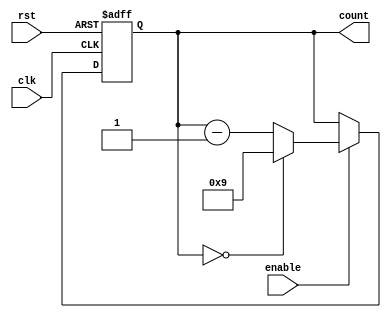
module BCD_Down_Counter (
    input wire clk,
    input wire rst,
    input wire enable,
    output reg [3:0] count
);

reg [3:0] next_count;

always @ (posedge clk or posedge rst) begin
    if (rst) begin
        count <= 4'b1111;
    end else if (enable) begin
        count <= next_count;
    end
end

always @ (*) begin
    if (count == 4'b0000) begin
        next_count = 4'b1001;
    end else begin
        next_count = count - 4'b0001;
    end
end

endmodule